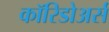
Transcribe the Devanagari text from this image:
कॉरिडोअर्स